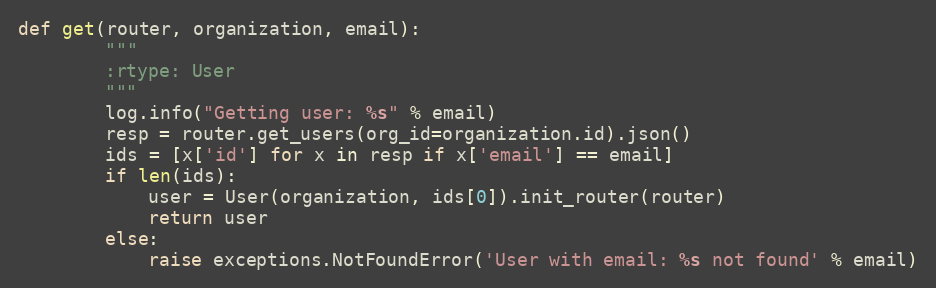
Language: Python
def get(router, organization, email):
        """
        :rtype: User
        """
        log.info("Getting user: %s" % email)
        resp = router.get_users(org_id=organization.id).json()
        ids = [x['id'] for x in resp if x['email'] == email]
        if len(ids):
            user = User(organization, ids[0]).init_router(router)
            return user
        else:
            raise exceptions.NotFoundError('User with email: %s not found' % email)